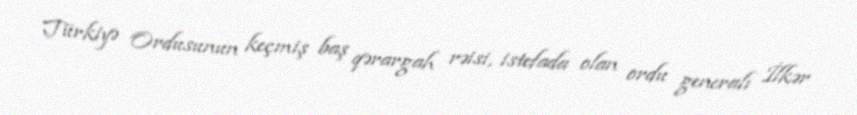
Türkiyə Ordusunun keçmiş baş qərargah rəisi, istefada olan ordu generalı İlkər